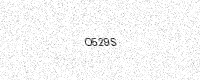
Text: O529S